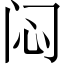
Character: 闷